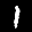
Label: 1